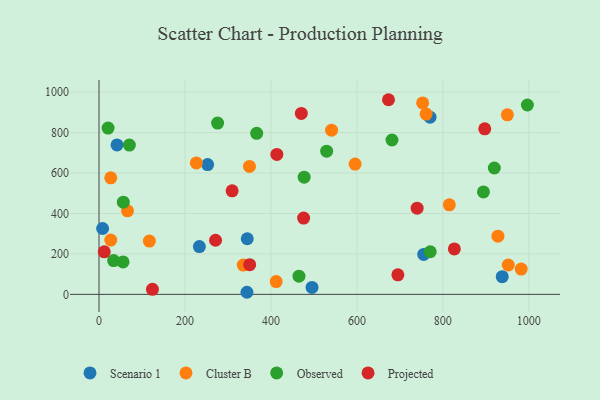
{"axis": {"x": "Engine Size", "y": "Sales"}, "legend": ["Cluster B", "Observed", "Projected", "Scenario 1"], "data": [{"x": "938.1", "y": 87.2, "type": "Scenario 1"}, {"x": "252.7", "y": 641.8, "type": "Scenario 1"}, {"x": "770.1", "y": 876.2, "type": "Scenario 1"}, {"x": "344.9", "y": 274.9, "type": "Scenario 1"}, {"x": "8.4", "y": 325.7, "type": "Scenario 1"}, {"x": "233.5", "y": 236.5, "type": "Scenario 1"}, {"x": "41.9", "y": 739.2, "type": "Scenario 1"}, {"x": "495.6", "y": 34.2, "type": "Scenario 1"}, {"x": "755.4", "y": 197.4, "type": "Scenario 1"}, {"x": "344.2", "y": 10.3, "type": "Scenario 1"}, {"x": "982.2", "y": 125.2, "type": "Cluster B"}, {"x": "350.0", "y": 632.7, "type": "Cluster B"}, {"x": "752.9", "y": 946.5, "type": "Cluster B"}, {"x": "595.8", "y": 644.1, "type": "Cluster B"}, {"x": "27.3", "y": 268.3, "type": "Cluster B"}, {"x": "335.6", "y": 145.0, "type": "Cluster B"}, {"x": "226.4", "y": 649.8, "type": "Cluster B"}, {"x": "952.1", "y": 145.2, "type": "Cluster B"}, {"x": "815.0", "y": 442.9, "type": "Cluster B"}, {"x": "412.2", "y": 63.3, "type": "Cluster B"}, {"x": "950.1", "y": 887.7, "type": "Cluster B"}, {"x": "761.1", "y": 891.5, "type": "Cluster B"}, {"x": "117.1", "y": 263.6, "type": "Cluster B"}, {"x": "66.3", "y": 413.3, "type": "Cluster B"}, {"x": "541.0", "y": 811.9, "type": "Cluster B"}, {"x": "928.1", "y": 287.9, "type": "Cluster B"}, {"x": "27.3", "y": 576.4, "type": "Cluster B"}, {"x": "70.6", "y": 738.3, "type": "Observed"}, {"x": "919.7", "y": 624.8, "type": "Observed"}, {"x": "56.5", "y": 455.7, "type": "Observed"}, {"x": "21.1", "y": 822.2, "type": "Observed"}, {"x": "55.9", "y": 160.5, "type": "Observed"}, {"x": "34.0", "y": 167.0, "type": "Observed"}, {"x": "681.6", "y": 763.3, "type": "Observed"}, {"x": "529.6", "y": 708.0, "type": "Observed"}, {"x": "366.8", "y": 796.5, "type": "Observed"}, {"x": "275.9", "y": 846.9, "type": "Observed"}, {"x": "996.6", "y": 936.4, "type": "Observed"}, {"x": "770.6", "y": 210.8, "type": "Observed"}, {"x": "477.3", "y": 579.6, "type": "Observed"}, {"x": "465.2", "y": 89.9, "type": "Observed"}, {"x": "894.4", "y": 506.4, "type": "Observed"}, {"x": "476.0", "y": 377.1, "type": "Projected"}, {"x": "413.8", "y": 692.2, "type": "Projected"}, {"x": "271.1", "y": 267.6, "type": "Projected"}, {"x": "695.3", "y": 96.5, "type": "Projected"}, {"x": "350.5", "y": 146.6, "type": "Projected"}, {"x": "897.4", "y": 818.8, "type": "Projected"}, {"x": "12.2", "y": 210.5, "type": "Projected"}, {"x": "740.1", "y": 426.0, "type": "Projected"}, {"x": "124.3", "y": 24.9, "type": "Projected"}, {"x": "673.5", "y": 962.5, "type": "Projected"}, {"x": "826.7", "y": 224.7, "type": "Projected"}, {"x": "470.7", "y": 894.9, "type": "Projected"}, {"x": "309.7", "y": 512.2, "type": "Projected"}]}